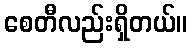
စေတီလည်းရှိတယ်။